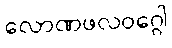
လောဏဖလဝဂ္ဂေါ